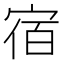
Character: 宿